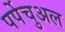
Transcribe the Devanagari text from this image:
पर्पेचुअल